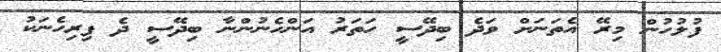
ފުލުހުން މިރޭ އެތަނަށް ވަދެ ބިދޭސީ ހަތަރު އަންހެނުންނާ ބިދޭސީ ދެ ފިރިހެނަކު